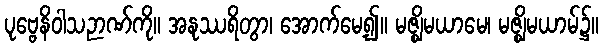
ပုဗ္ဗေနိဝါသဉာဏ်ကို။ အနုဿရိတွာ၊ အောက်မေ့၍။ မဇ္ဈိမယာမေ၊ မဇ္ဈိမယာမ်၌။